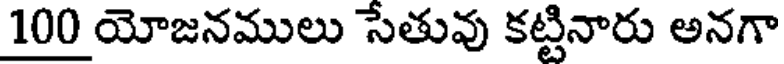
100 యోజనములు సేతువు కట్టినారు అనగా